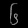
Digit: ၆